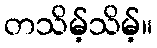
တသိမ့်သိမ့်။